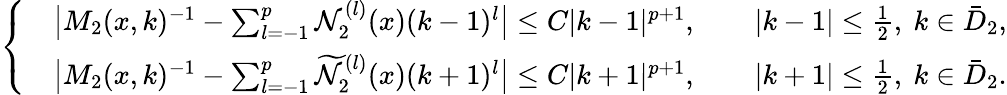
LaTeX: \begin{array}{r}{\left\{ \begin{array}{ll}&{\big|M_{2}(x,k)^{-1}-\sum_{l=-1}^{p}\mathcal{N}_{2}^{(l)}(x)(k-1)^{l}\big|\leq C|k-1|^{p+1},\qquad|k-1|\leq\frac{1}{2},\ k\in\bar{D}_{2},}\\ &{\big|M_{2}(x,k)^{-1}-\sum_{l=-1}^{p}\widetilde{\mathcal{N}}_{2}^{(l)}(x)(k+1)^{l}\big|\leq C|k+1|^{p+1},\qquad|k+1|\leq\frac{1}{2},\ k\in\bar{D}_{2}.}\end{array}\right.}\end{array}